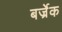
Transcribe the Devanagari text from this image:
बर्ज्रेक